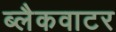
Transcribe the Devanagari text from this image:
ब्लैकवाटर